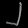
Digit: ၂